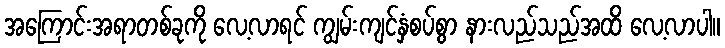
အကြောင်းအရာတစ်ခုကို လေ့လာရင် ကျွမ်းကျင်နှံစပ်စွာ နားလည်သည်အထိ လေ့လာပါ။